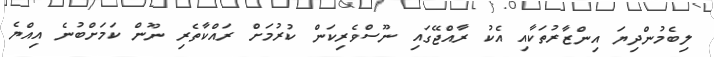
ލިބެމުންދިޔަ އިންޒާރުތަކާއި އެކު ރާއްޖޭގައި ނޫސްވެރިކަން ކުރުމަށް ރައްކާތެރި ނޫން ކަމަށްބުނެ އިއްޔެ